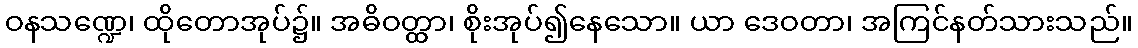
ဝနသဏ္ဍေ၊ ထိုတောအုပ်၌။ အဓိဝတ္ထာ၊ စိုးအုပ်၍နေသော။ ယာ ဒေဝတာ၊ အကြင်နတ်သားသည်။